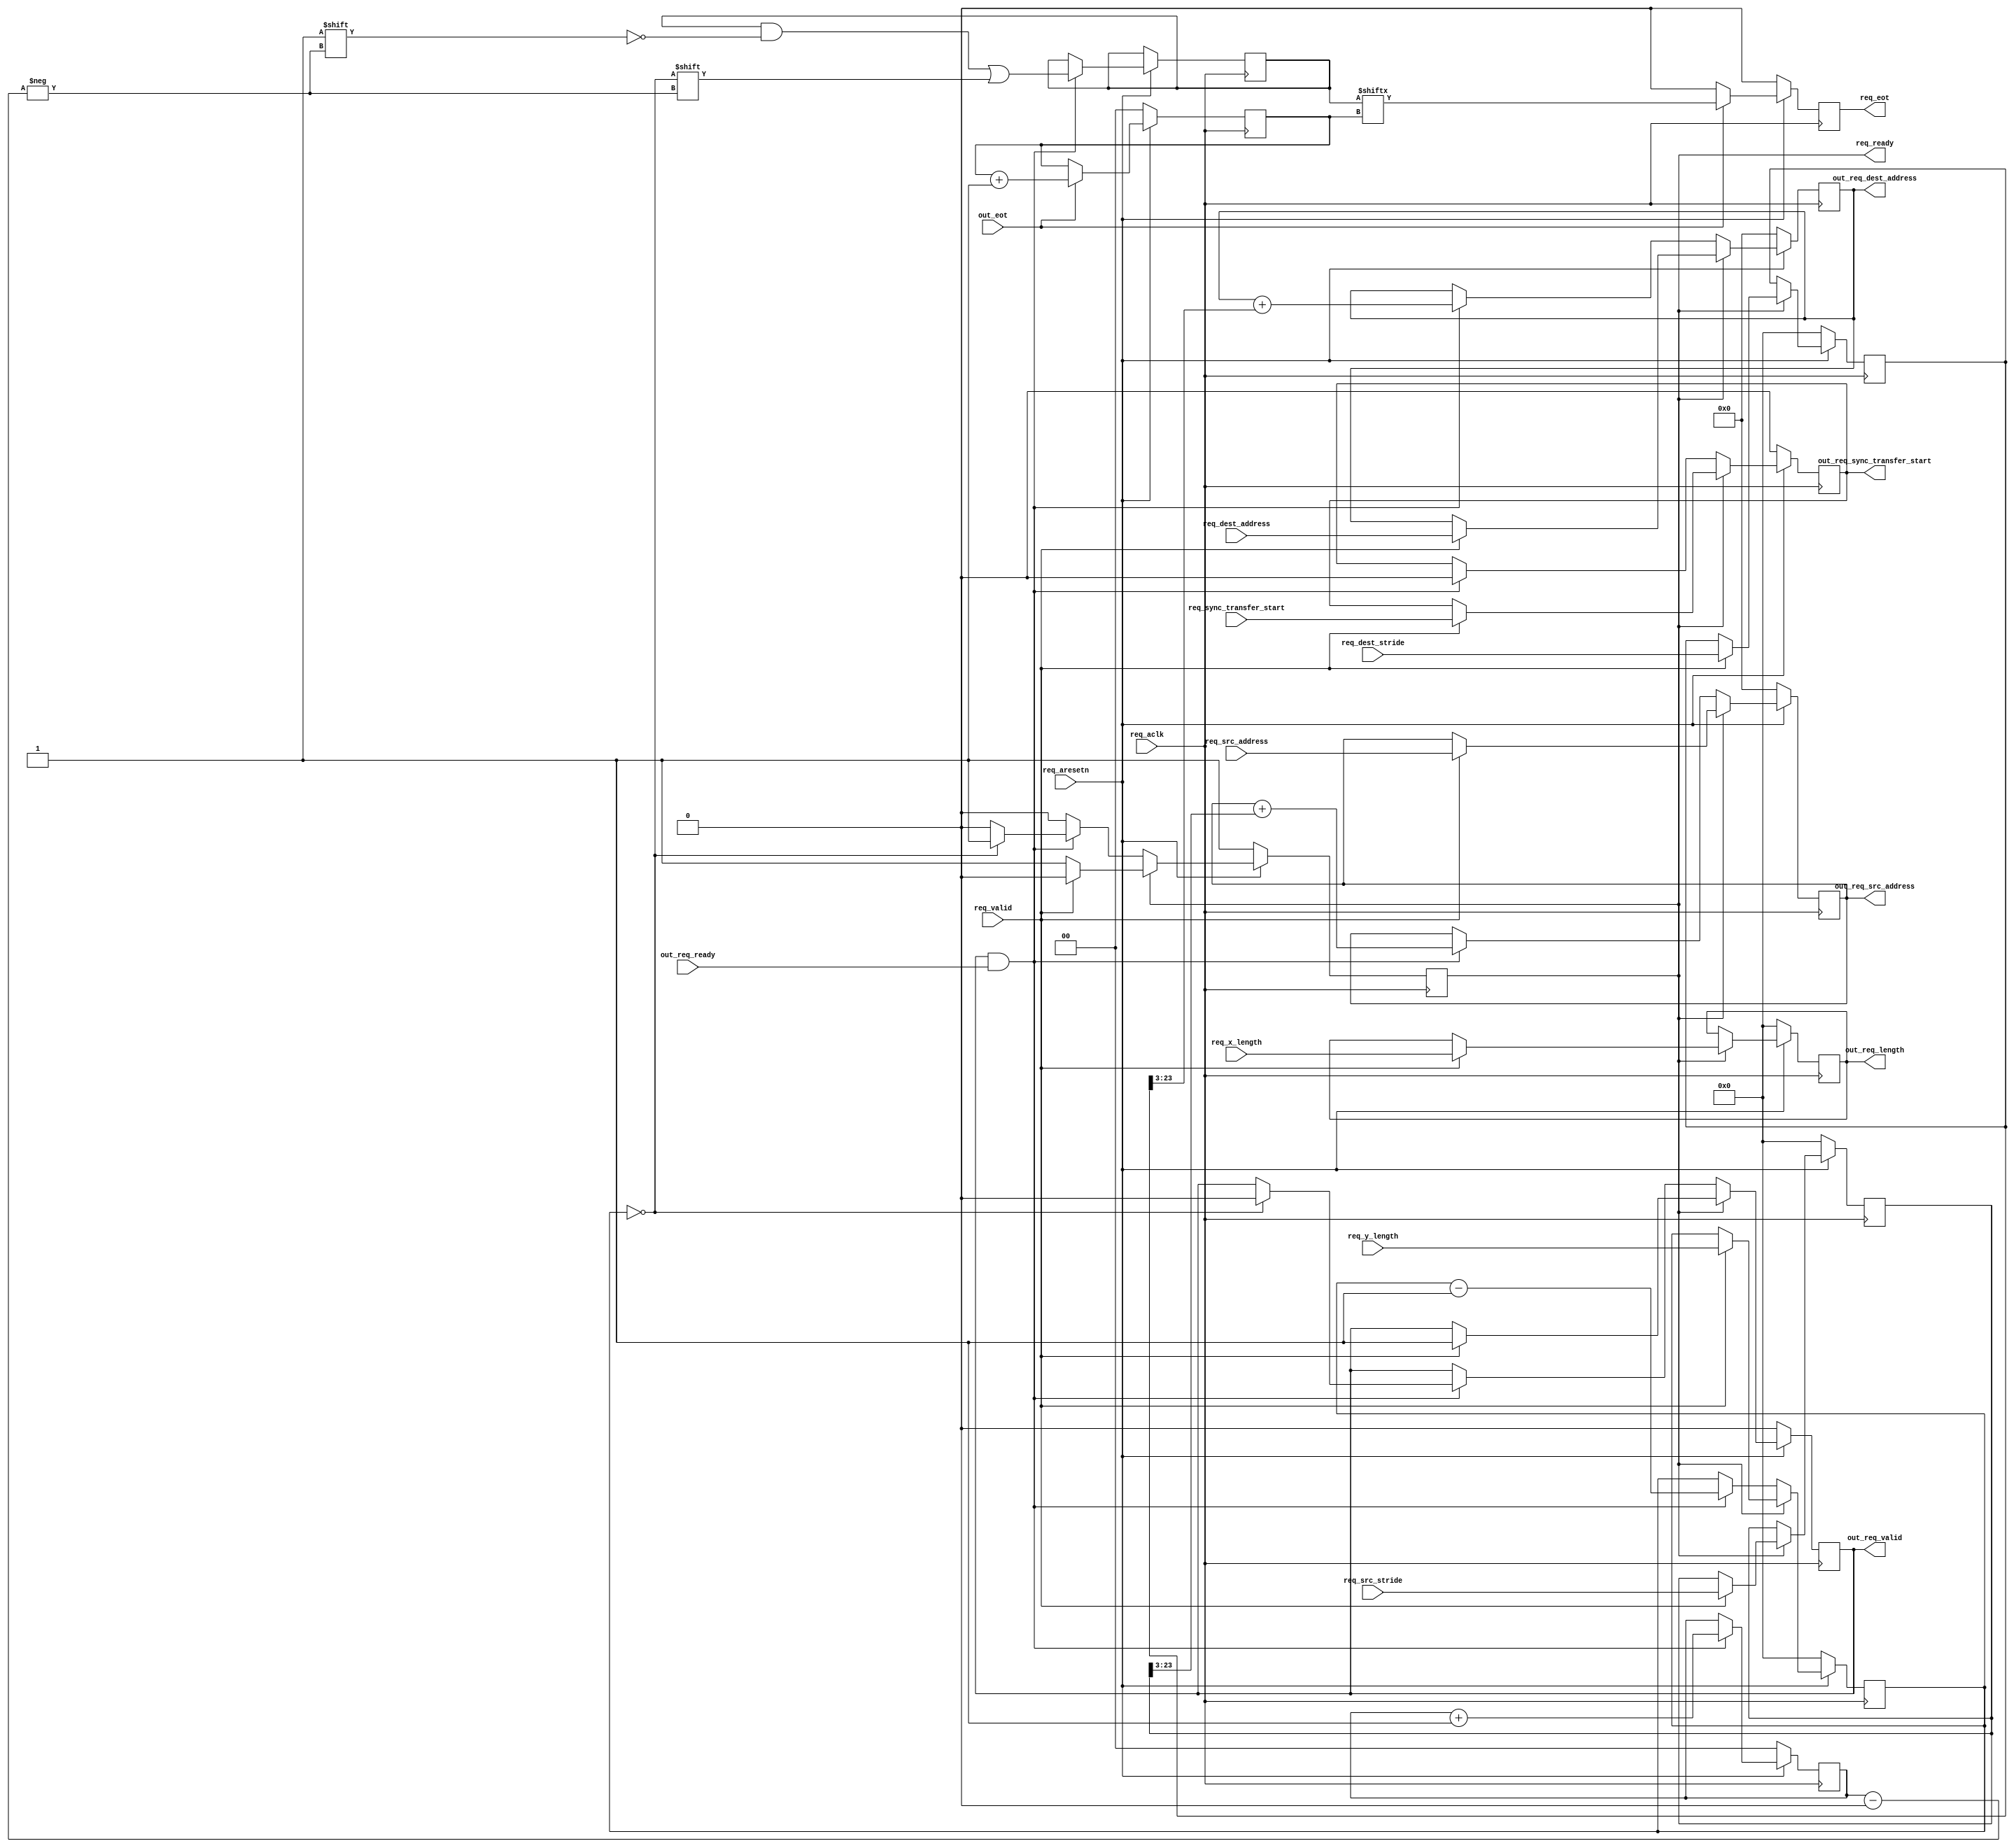
module dmac_2d_transfer (
	input req_aclk,
	input req_aresetn,

	input req_valid,
	output reg req_ready,

	input [31:C_BYTES_PER_BEAT_WIDTH_DEST] req_dest_address,
	input [31:C_BYTES_PER_BEAT_WIDTH_SRC] req_src_address,
	input [C_DMA_LENGTH_WIDTH-1:0] req_x_length,
	input [C_DMA_LENGTH_WIDTH-1:0] req_y_length,
	input [C_DMA_LENGTH_WIDTH-1:0] req_dest_stride,
	input [C_DMA_LENGTH_WIDTH-1:0] req_src_stride,
	input req_sync_transfer_start,
	output reg req_eot,
	
	output reg out_req_valid,
	input out_req_ready,
	output [31:C_BYTES_PER_BEAT_WIDTH_DEST] out_req_dest_address,
	output [31:C_BYTES_PER_BEAT_WIDTH_SRC] out_req_src_address,
	output [C_DMA_LENGTH_WIDTH-1:0] out_req_length,
	output reg out_req_sync_transfer_start,
	input out_eot
);

parameter C_DMA_LENGTH_WIDTH = 24;
parameter C_BYTES_PER_BEAT_WIDTH_SRC = 3;
parameter C_BYTES_PER_BEAT_WIDTH_DEST = 3;

reg [31:C_BYTES_PER_BEAT_WIDTH_DEST] dest_address;
reg [31:C_BYTES_PER_BEAT_WIDTH_SRC] src_address;
reg [C_DMA_LENGTH_WIDTH-1:0] x_length;
reg [C_DMA_LENGTH_WIDTH-1:0] y_length;
reg [C_DMA_LENGTH_WIDTH-1:0] dest_stride;
reg [C_DMA_LENGTH_WIDTH-1:0] src_stride;

reg [1:0] req_id;
reg [1:0] eot_id;
reg [3:0] last_req;

assign out_req_dest_address = dest_address;
assign out_req_src_address = src_address;
assign out_req_length = x_length;

always @(posedge req_aclk)
begin
	if (req_aresetn == 1'b0) begin
		req_id <= 2'b0;
		eot_id <= 2'b0;
		req_eot <= 1'b0;
	end else begin
		if (out_req_valid && out_req_ready) begin
			req_id <= req_id + 1'b1;
			last_req[req_id] <= y_length == 0;
		end
		req_eot <= 1'b0;
		if (out_eot) begin
			eot_id <= eot_id + 1'b1;
			req_eot <= last_req[eot_id];
		end
	end
end

always @(posedge req_aclk)
begin
	if (req_aresetn == 1'b0) begin
		dest_address <= 'h00;
		src_address <= 'h00;
		x_length <= 'h00;
		y_length <= 'h00;
		dest_stride <= 'h00;
		src_stride <= 'h00;
		req_ready <= 1'b1;
		out_req_valid <= 1'b0;
		out_req_sync_transfer_start <= 1'b0;
	end else begin
		if (req_ready) begin
			if (req_valid) begin
				dest_address <= req_dest_address;
				src_address <= req_src_address;
				x_length <= req_x_length;
				y_length <= req_y_length;
				dest_stride <= req_dest_stride;
				src_stride <= req_src_stride;
				out_req_sync_transfer_start <= req_sync_transfer_start;
				req_ready <= 1'b0;
				out_req_valid <= 1'b1;
			end
		end else begin
			if (out_req_valid && out_req_ready) begin
				dest_address <= dest_address + dest_stride[C_DMA_LENGTH_WIDTH-1:C_BYTES_PER_BEAT_WIDTH_DEST];
				src_address <= src_address + src_stride[C_DMA_LENGTH_WIDTH-1:C_BYTES_PER_BEAT_WIDTH_SRC];
				y_length <= y_length - 1'b1;
				out_req_sync_transfer_start <= 1'b0;
				if (y_length == 0) begin
					out_req_valid <= 1'b0;
					req_ready <= 1'b1;
				end
			end
		end
	end
end

endmodule